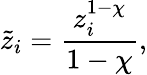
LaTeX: \tilde{z}_{i}=\frac{z_{i}^{1-\chi}}{1-\chi},